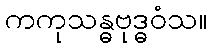
ကကုသန္ဓဗုဒ္ဓဝံသ။